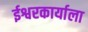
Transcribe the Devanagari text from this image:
ईश्वरकार्याला